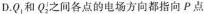
D.Q_{1}和Q_{2}之间各点的电场方向都指向P点